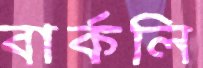
বার্কলি